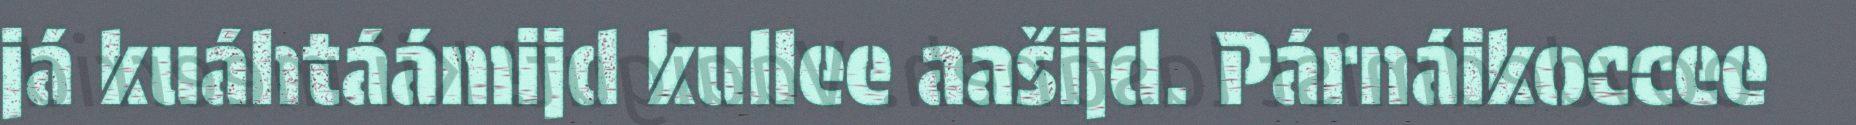
já kuáhtáámijd kullee aašijd. Párnáikoccee